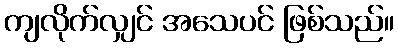
ကျလိုက်လျှင် အသေပင် ဖြစ်သည်။